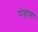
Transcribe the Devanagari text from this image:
योहान्ना